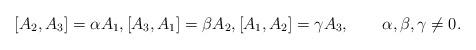
LaTeX: \begin{align*} [A_2,A_3] = \alpha A_1, [A_3,A_1] = \beta A_2, [A_1, A_2] = \gamma A_3, \qquad\alpha,\beta,\gamma \neq 0.\end{align*}